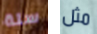
سلة مثل